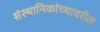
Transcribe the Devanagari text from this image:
संस्थानिकांच्यावरील